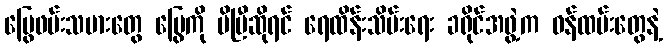
မြွေဖမ်းသမားတွေ မြွေကို မိပြီဆိုရင် ရေထိန်းသိမ်းရေး ခရိုင်အဖွဲ့က ဝန်ထမ်းတွေနဲ့